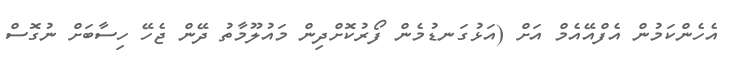
އެހެންކަމުން އެފްއޭއެމް އަށް (އަޅުގަނޑުމެން ފޯރުކޮށްދިން މައުލޫމާތު ދޭން ޖެހޭ ހިސާބަށް ނުގޮސް